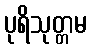
ပုရိသုတ္တမ